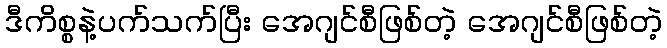
ဒီကိစ္စနဲ့ပက်သက်ပြီး အေဂျင်စီဖြစ်တဲ့ အေဂျင်စီဖြစ်တဲ့